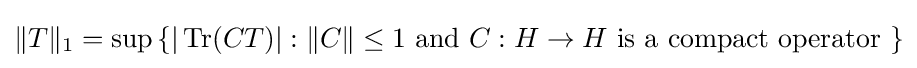
\|T\|_{1}=\sup \left\{|\operatorname {Tr} (CT)|:\|C\|\leq 1{\text{ and }}C:H\to H{\text{ is a compact operator }}\right\}